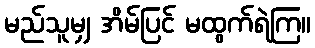
မည်သူမျှ အိမ်ပြင် မထွက်ရဲကြ။